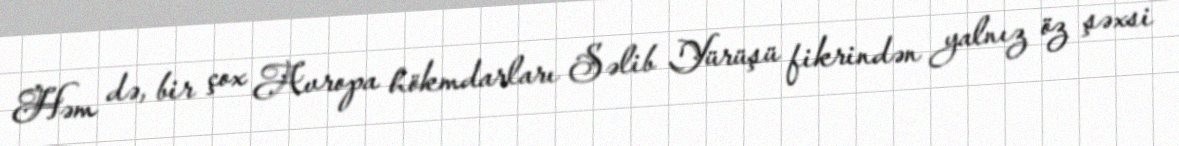
Həm də, bir çox Avropa hökmdarları Səlib Yürüşü fikrindən yalnız öz şəxsi